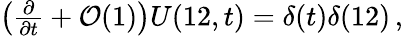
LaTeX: \begin{array}{r}{\left(\frac{\partial}{\partial t}+\mathcal{O}(1)\right)U(12,t)=\delta(t)\delta(12)\, ,}\end{array}